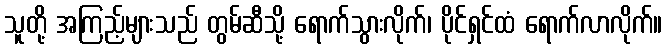
သူတို့ အကြည့်များသည် တွမ်ဆီသို့ ရောက်သွားလိုက်၊ ပိုင်ရှင်ထံ ရောက်လာလိုက်။